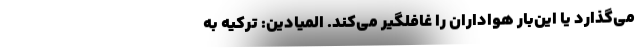
می‌گذارد یا این‌بار هواداران را غافلگیر می‌کند. المیادین: ترکیه به